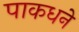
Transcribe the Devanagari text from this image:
पाकधने